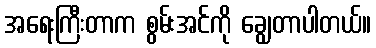
အရေးကြီးတာက စွမ်းအင်ကို ချွေတာပါတယ်။